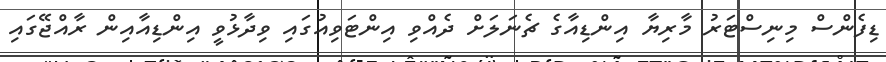
ޑިފެންސް މިނިސްޓަރު މާރިޔާ އިންޑިއާގެ ޗެނަލަށް ދެއްވި އިންޓަވިއުގައި ވިދާޅުވީ އިންޑިއާއިން ރާއްޖޭގައި